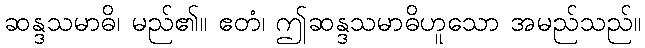
ဆန္ဒသမာဓိ၊ မည်၏။ ဧတံ၊ ဤဆန္ဒသမာဓိဟူသော အမည်သည်။